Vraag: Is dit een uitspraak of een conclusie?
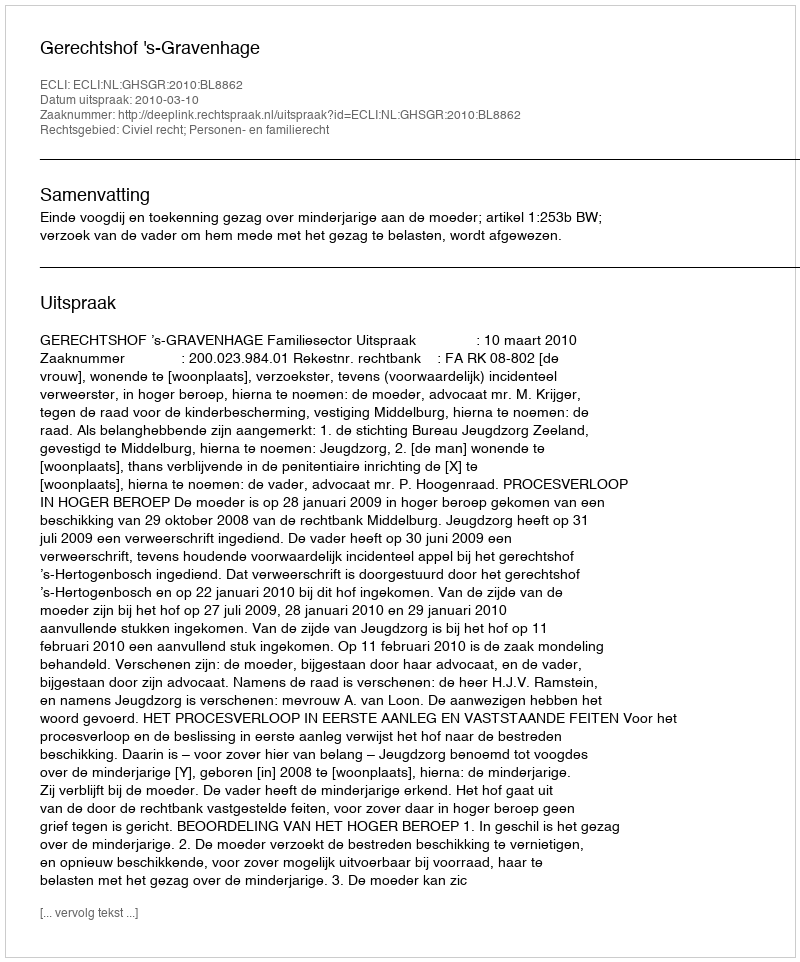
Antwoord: Uitspraak